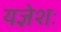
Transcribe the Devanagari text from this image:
यज्ञेशः